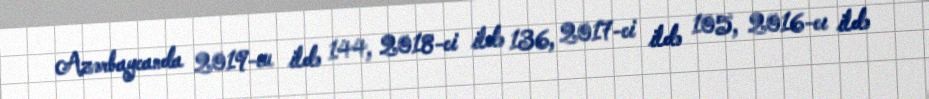
Azərbaycanda 2019-cu ildə 144, 2018-ci ildə 136, 2017-ci ildə 105, 2016-cı ildə